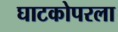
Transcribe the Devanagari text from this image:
घाटकोपरला